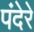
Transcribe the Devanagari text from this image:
पंदेरे